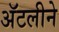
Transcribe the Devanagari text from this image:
अॅटलीने